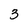
Character: 3